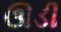
ઊડી